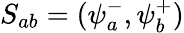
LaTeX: S_{ab}=(\psi_{a}^{-},\psi_{b}^{+})